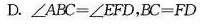
D.$$∠ A B C = ∠ E F D$$，$$B C = F D$$